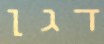
דגן